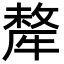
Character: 犛